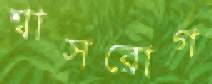
শ্বাসরোগ